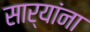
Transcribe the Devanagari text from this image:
सार्‍यांना